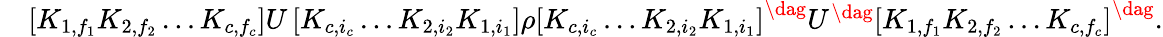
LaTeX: \begin{array}{rl}&{\left[K_{1,f_{1}}K_{2,f_{2}}\ldots K_{c,f_{c}}\right]U\left[K_{c,i_{c}}\ldots K_{2,i_{2}}K_{1,i_{1}}\right]\rho\left[K_{c,i_{c}}\ldots K_{2,i_{2}}K_{1,i_{1}}\right]^{\dag}U^{\dag}\left[K_{1,f_{1}}K_{2,f_{2}}\ldots K_{c,f_{c}}\right]^{\dag}.}\end{array}